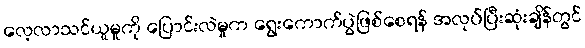
လေ့လာသင်ယူမှုကို ပြောင်းလဲမှုက ရွေးကောက်ပွဲဖြစ်စေရန် အလုပ်ပြီးဆုံးချိန်တွင်